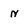
Character: n